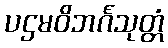
ပဌမဝိဘင်္ဂသုတ္တံ